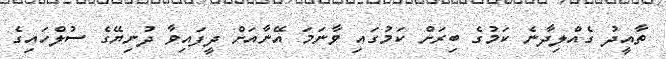
ތާއީދު ގެއްލިދާނެ ކަމުގެ ބިރަށް ކަމުގައި ވާނަމަ އޭނާއަށް ދީފައިވާ ދުނިޔޭގެ ސުލްހައިގެ